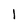
Character: I